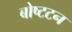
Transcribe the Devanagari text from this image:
बोष्टटन